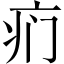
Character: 𱱊